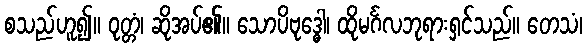
စသည်ဟူ၍။ ဝုတ္တံ၊ ဆိုအပ်၏။ သောပိဗုဒ္ဓေါ၊ ထိုမင်္ဂလဘုရားရှင်သည်။ တေသံ၊